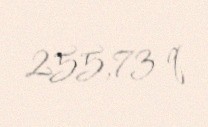
255,73 q